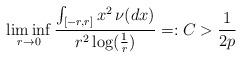
LaTeX: \begin{align*}\liminf_{r\to 0} \frac{\int_{[-r,r]}x^2 \,\nu(dx)}{ r^2\log (\frac{1}{r})}=:C>\frac{1}{2p}\end{align*}